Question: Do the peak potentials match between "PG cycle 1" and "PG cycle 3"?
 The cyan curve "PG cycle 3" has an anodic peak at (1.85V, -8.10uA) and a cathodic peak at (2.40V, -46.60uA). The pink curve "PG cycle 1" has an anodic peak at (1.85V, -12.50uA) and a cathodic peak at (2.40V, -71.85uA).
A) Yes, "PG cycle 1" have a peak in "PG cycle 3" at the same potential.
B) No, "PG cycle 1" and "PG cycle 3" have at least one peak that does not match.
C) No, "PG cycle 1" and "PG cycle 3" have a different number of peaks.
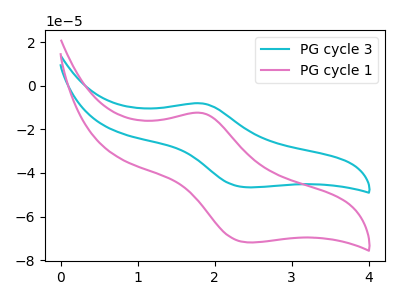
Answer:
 <answer>A) Yes, "PG cycle 1" have a peak in "PG cycle 3" at the same potential.</answer>
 <eval>A</eval>